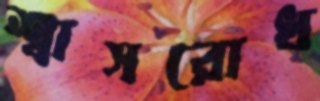
শ্বাসরোধ